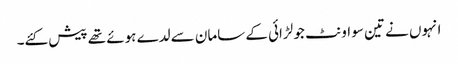
انہوں نے تین سو اونٹ جو لڑائی کے سامان سے لدے ہوئے تھے پیش کئے۔